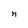
Character: n